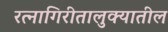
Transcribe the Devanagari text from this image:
रत्‍नागिरीतालुक्यातील